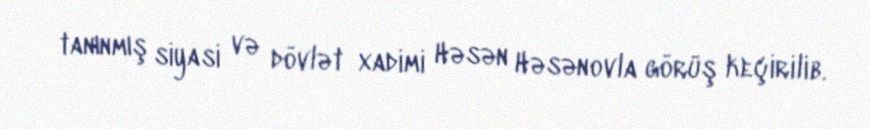
tanınmış siyasi və dövlət xadimi Həsən Həsənovla görüş keçirilib.